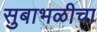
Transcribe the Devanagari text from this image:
सुबाभळीचा